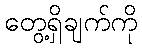
တွေ့ရှိချက်ကို